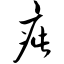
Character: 疵